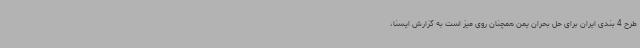
طرح 4 بندی ایران برای حل بحران یمن همچنان روی میز است به گزارش ایسنا،